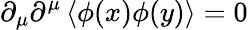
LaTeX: \partial_{\mu}\partial^{\mu}\left\langle\phi(x)\phi(y)\right\rangle=0